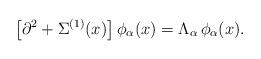
LaTeX: \begin{align*}\left[\partial^2+\Sigma^{(1)}(x)\right]\phi_{\alpha}(x)=\Lambda_{\alpha}\,\phi_{\alpha}(x).\end{align*}